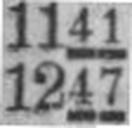
1247